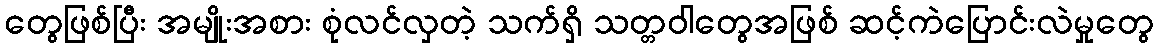
တွေဖြစ်ပြီး အမျိုးအစား စုံလင်လှတဲ့ သက်ရှိ သတ္တဝါတွေအဖြစ် ဆင့်ကဲပြောင်းလဲမှုတွေ